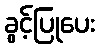
ခွင့်ပြုပေး